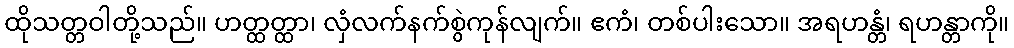
ထိုသတ္တဝါတို့သည်။ ဟတ္ထတ္ထာ၊ လှံလက်နက်စွဲကုန်လျက်။ ဧကံ၊ တစ်ပါးသော။ အရဟန္တံ၊ ရဟန္တာကို။